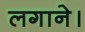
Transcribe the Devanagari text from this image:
लगाने।